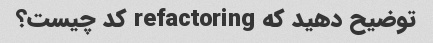
توضیح دهید که refactoring کد چیست؟